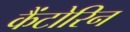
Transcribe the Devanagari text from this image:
कैंटोरिन